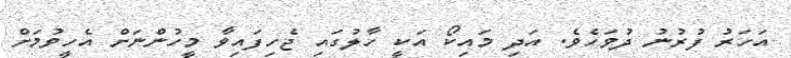
އަހަރު ފުރުނު ދުވަހެވެ. އަދި މައިކޯ އަކީ ހާލުގައި ޖެހިފައިވާ މީހުންނަށް އެހީވުމަށް